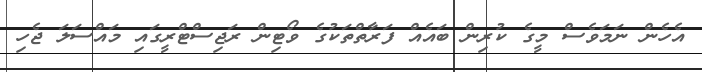
އެހެން ނަމަވެސް މީގެ ކުރިން ބައެއް ފަރާތްތަކުގެ ވޯޓިން ރަޖިސްޓްރީގައި މައްސަލަ ޖެހި